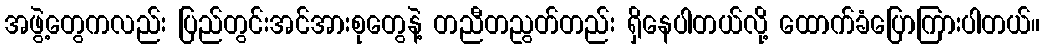
အဖွဲ့တွေကလည်း ပြည်တွင်းအင်အားစုတွေနဲ့ တညီတညွတ်တည်း ရှိနေပါတယ်လို့ ထောက်ခံပြောကြားပါတယ်။